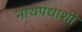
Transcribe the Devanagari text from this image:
नाथपंथाशी